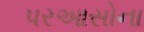
પરઆસોના